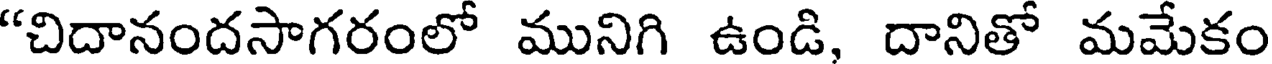
"చిదానందసాగరంలో మునిగి ఉండి, దానితో మమేకం